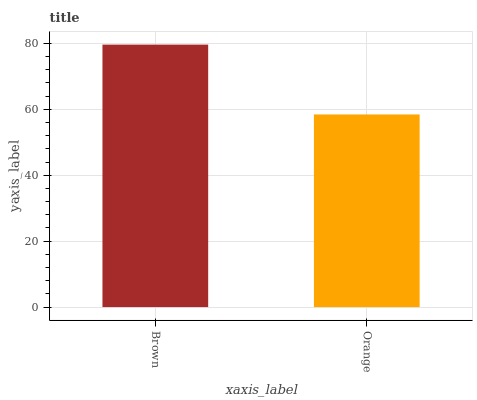
| xaxis_label | bars |
 | --- | --- |
 | Brown | 79.6 |
 | Orange | 58.4 |